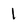
Character: 1